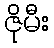
ဇိုမီး